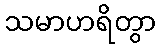
သမာဟရိတွာ